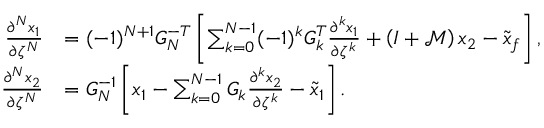
\begin{array} { r l } { \frac { \partial ^ { N } x _ { 1 } } { \partial \zeta ^ { N } } } & { = ( - 1 ) ^ { N + 1 } G _ { N } ^ { - T } \left[ \sum _ { k = 0 } ^ { N - 1 } ( - 1 ) ^ { k } G _ { k } ^ { T } \frac { \partial ^ { k } x _ { 1 } } { \partial \zeta ^ { k } } + \left( I + \mathcal { M } \right) x _ { 2 } - \tilde { x } _ { f } \right] , } \\ { \frac { \partial ^ { N } x _ { 2 } } { \partial \zeta ^ { N } } } & { = G _ { N } ^ { - 1 } \left[ x _ { 1 } - \sum _ { k = 0 } ^ { N - 1 } G _ { k } \frac { \partial ^ { k } x _ { 2 } } { \partial \zeta ^ { k } } - \tilde { x } _ { 1 } \right] . } \end{array}